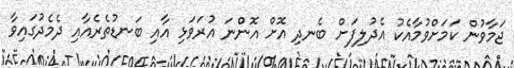
ޖަމާވުން ކަމަށްވުމާއެކު އެދުލިފަށް ބެނދި އޮށް އޮންނަ އުރަވަޅި އާއި ބަނޑުތެރެއާއި ދެމެދުގައިވާ